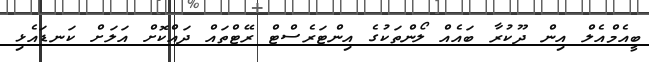
ބީއެމްއެލް އިން ދޫކުރާ ބައެއް ލޯންތަކުގެ އިންޓަރެސްޓް ރޭޓްތައް ދައްކޮށް އަލަށް ކަނޑައެޅި